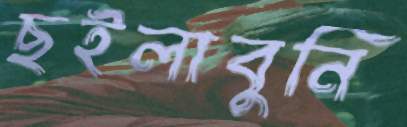
ছইলাবুনি